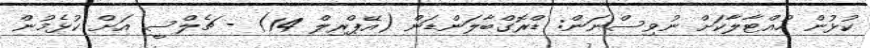
ކުޅުން ހުއްޓާލާކަށް ނުވިސްނަން: ޑްރޮގްބާލަންޑަން (އޭޕްރިލް 14) - ޗެލްސީ އަށް ކުޅެމުން